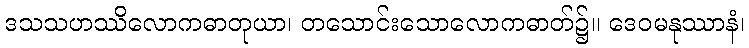
ဒသသဟဿိလောကဓာတုယာ၊ တသောင်းသောလောကဓာတ်၌။ ဒေဝမနုဿာနံ၊